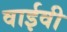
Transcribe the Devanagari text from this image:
वाईवी